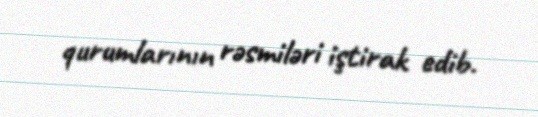
qurumlarının rəsmiləri iştirak edib.